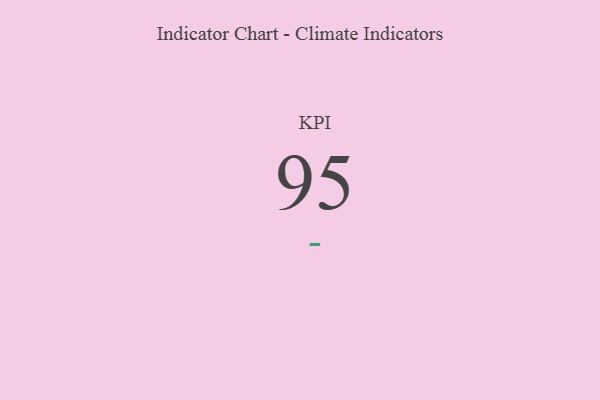
{"axis": {"x": "KPI", "y": "Value"}, "legend": [""], "data": [{"x": "KPI", "y": 95, "type": ""}]}